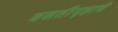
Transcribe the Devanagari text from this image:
वसतीगृहाचे